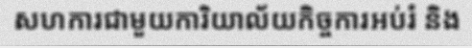
សហការជាមួយការិយាល័យកិច្ចការអប់រំ និង